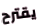
يقترح